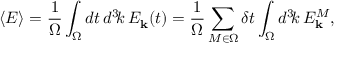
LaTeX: \langle { \cal E } \rangle = { \frac { 1 } { \Omega } } \int _ { \Omega } d t \, d ^ { 3 } \! k \, { \cal E } _ { \bf k } ( t ) = { \frac { 1 } { \Omega } } \sum _ { M \in \Omega } \delta t \int _ { \Omega } d ^ { 3 } \! k \, { \cal E } _ { \bf k } ^ { M } ,